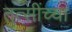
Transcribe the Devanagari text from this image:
तुत्‍सींच्‍या